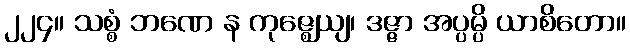
၂၂၄။ သစ္စံ ဘဏေ န ကုဇ္ဈေယျ၊ ဒဇ္ဇာ အပ္ပမ္ပိ ယာစိတော။